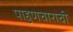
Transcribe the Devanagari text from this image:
पाहुणचाराची